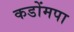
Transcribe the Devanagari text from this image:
कडोंमपा